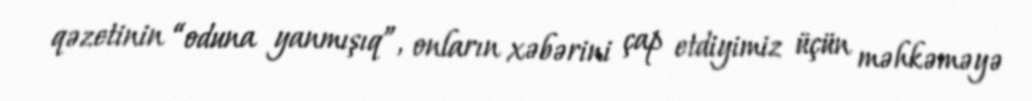
qəzetinin “oduna yanmışıq”, onların xəbərini çap etdiyimiz üçün məhkəməyə